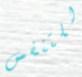
للتنفس